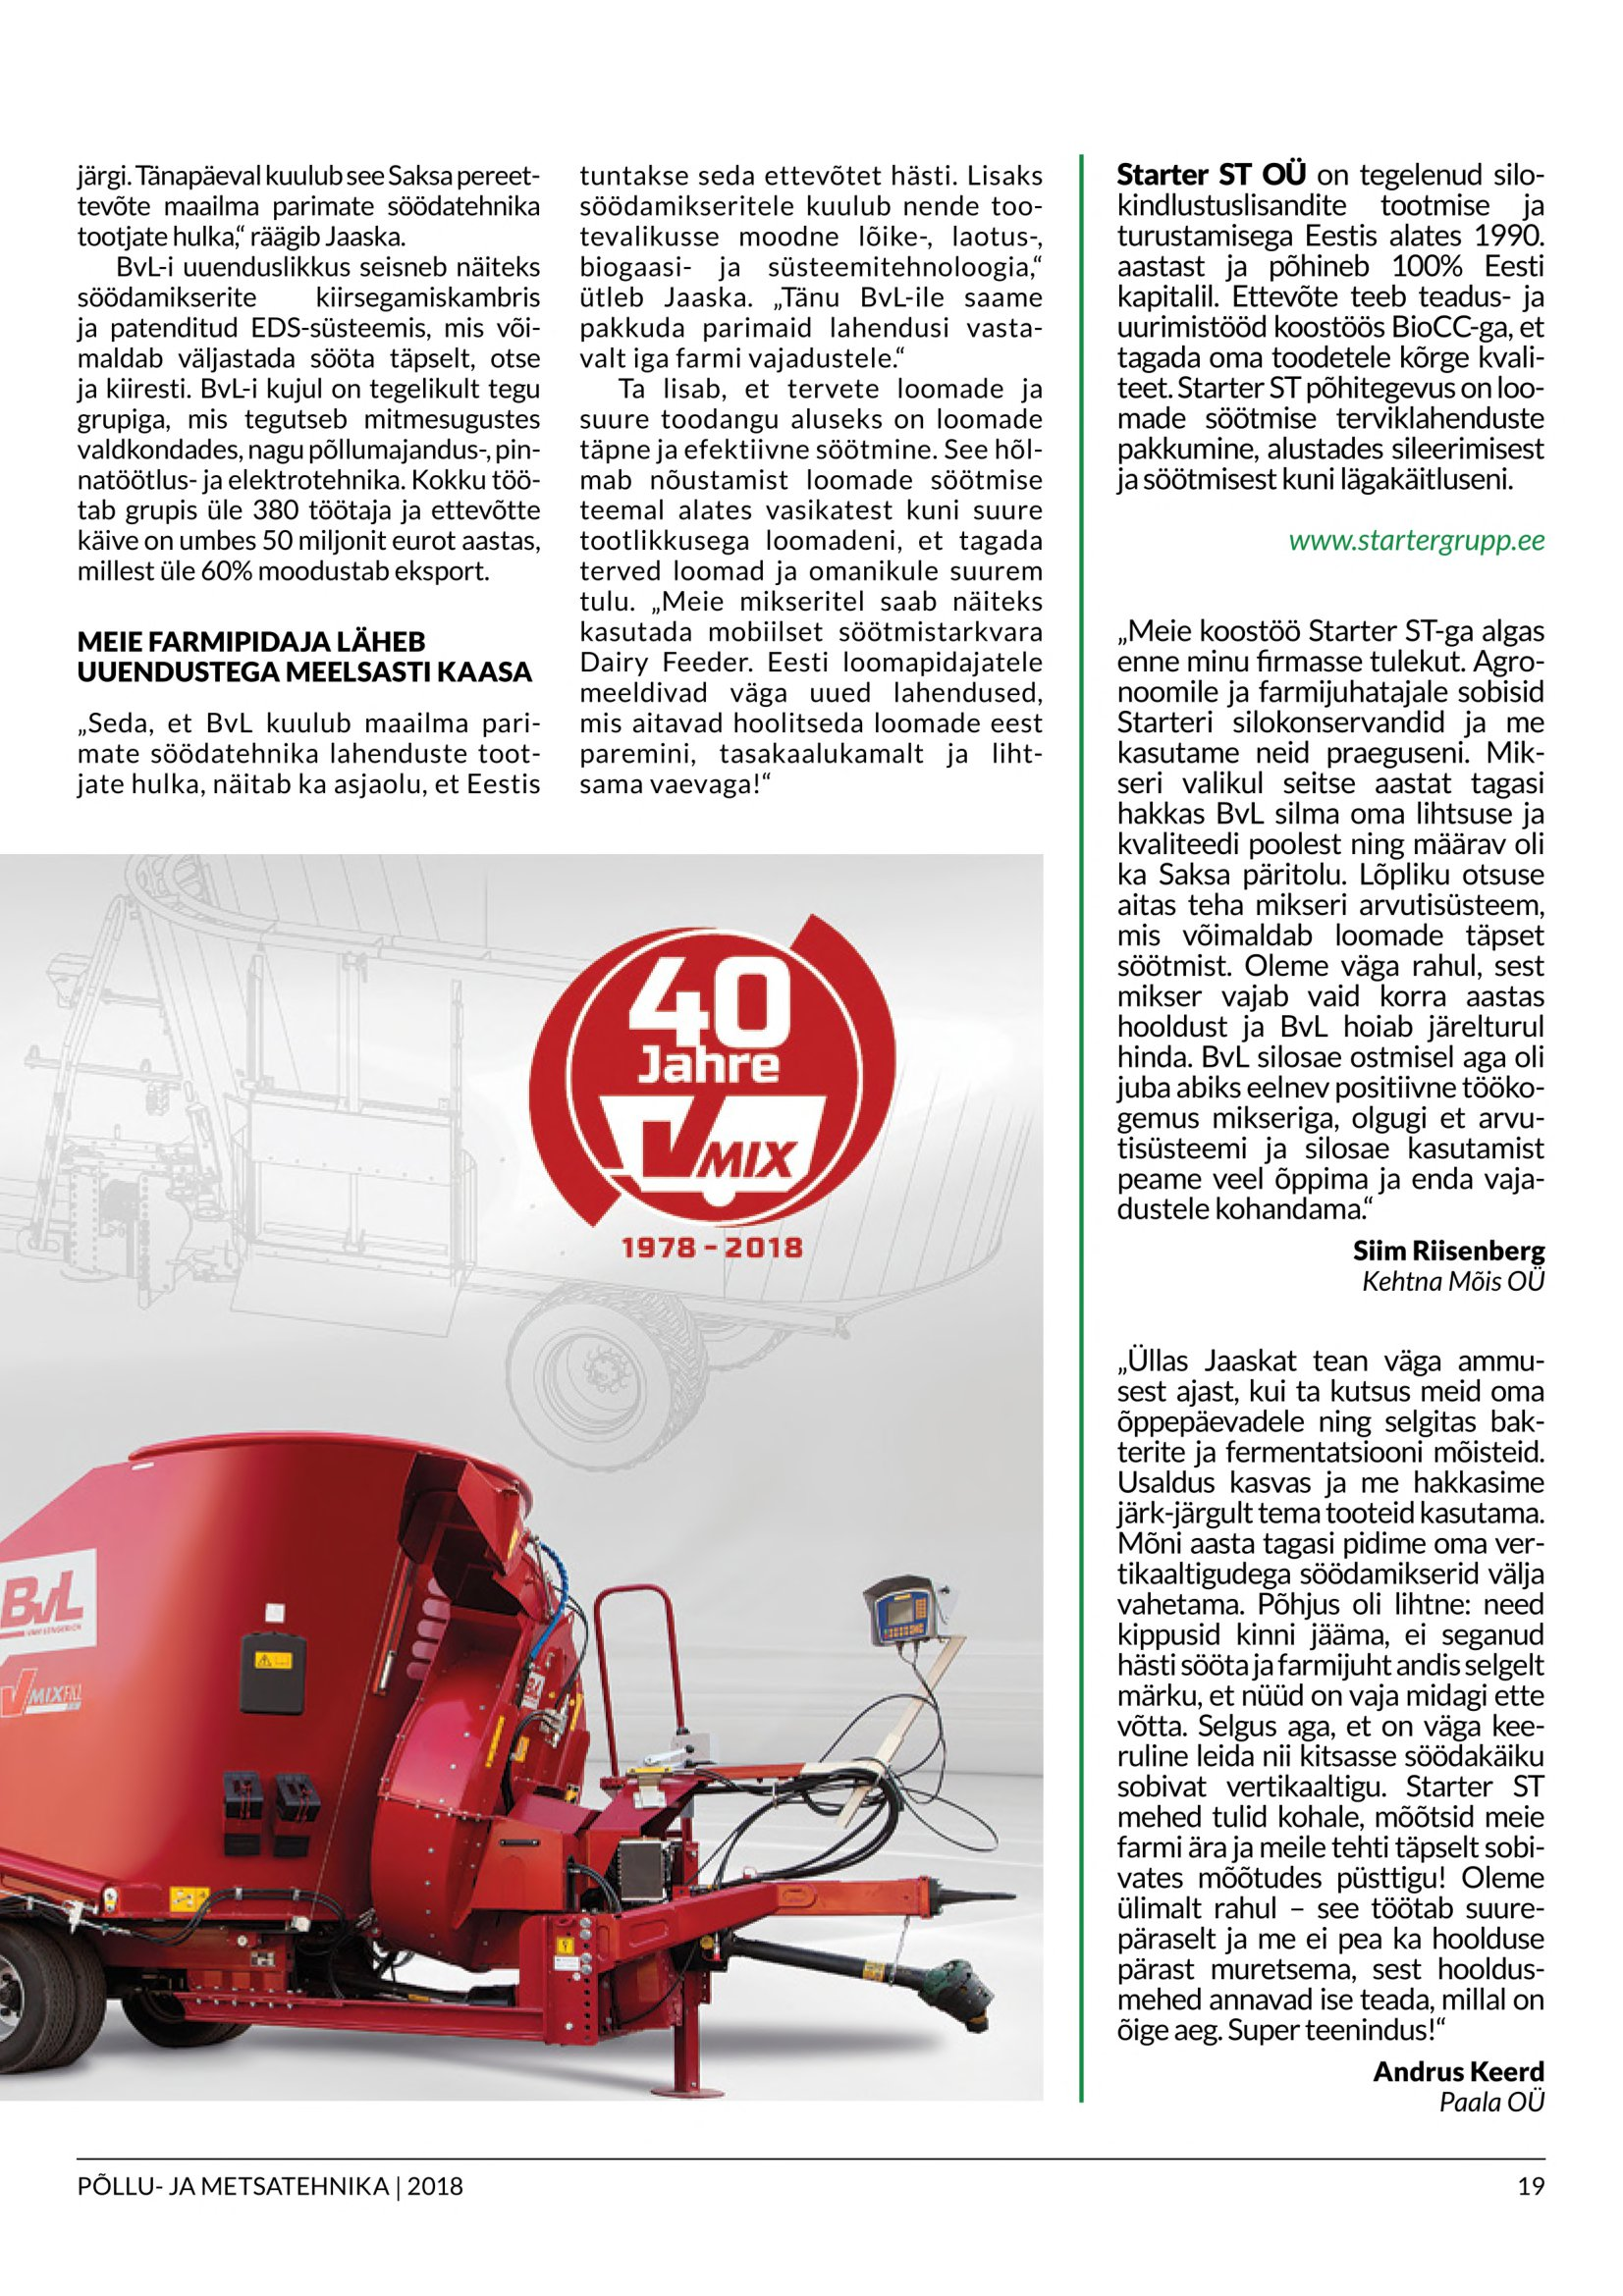
Language: et